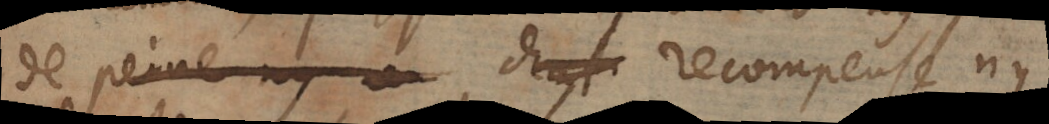
de peine ny recompense ny